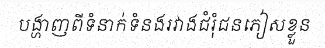
បង្ហាញពីទំនាក់ទំនងរវាងជំរុំជនភៀសខ្លួន